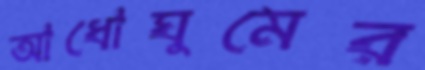
আধোঘুমের